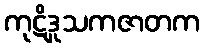
ကုဋိဒူသကဇာတက